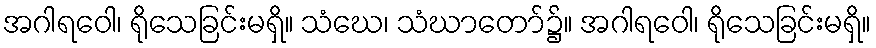
အဂါရဝေါ၊ ရိုသေခြင်းမရှိ။ သံဃေ၊ သံဃာတော်၌။ အဂါရဝေါ၊ ရိုသေခြင်းမရှိ။